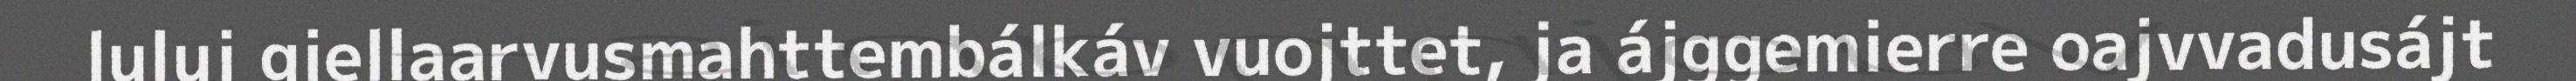
luluj giellaarvusmahttembálkáv vuojttet, ja ájggemierre oajvvadusájt